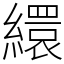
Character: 繯